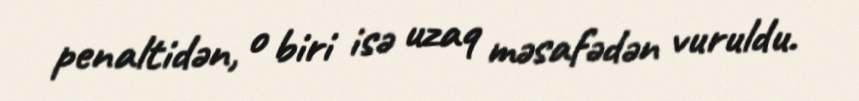
penaltidən, o biri isə uzaq məsafədən vuruldu.